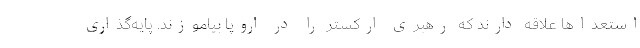
استعداها علاقه‌ دارند که رهبری ارکستر را در اروپا بیاموزند. پایه‌گذاری